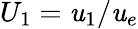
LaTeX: U_{1}=\mathit{u}_{1}/\mathit{u}_{e}